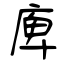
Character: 庳